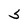
Character: S